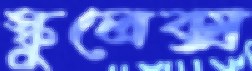
স্কুলেক্স